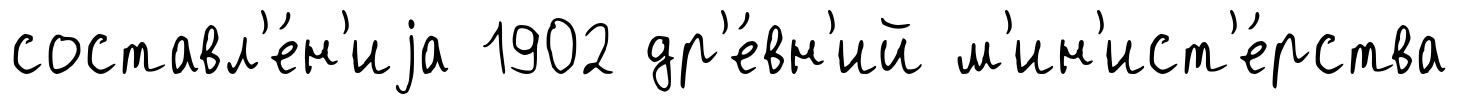
составл'е́н'иjа 1902 др'е́вн'ий м'ин'ист'е́рства